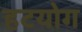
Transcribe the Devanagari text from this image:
हटयोग